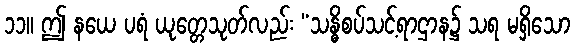
၁၁။ ဤ နယေ ပရံ ယုတ္တေသုတ်လည်း “သန္ဓိစပ်သင့်ရာဌာန၌ သရ မရှိသော